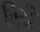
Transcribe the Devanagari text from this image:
विदी